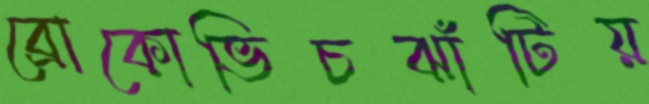
ব্রোকোভিচঝাঁটিয়